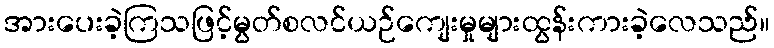
အားပေးခဲ့ကြသဖြင့်မွတ်စလင်ယဉ်ကျေးမှုများထွန်းကားခဲ့လေသည်။